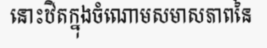
នោះឋិតក្នុងចំណោមសមាសភាពនៃ